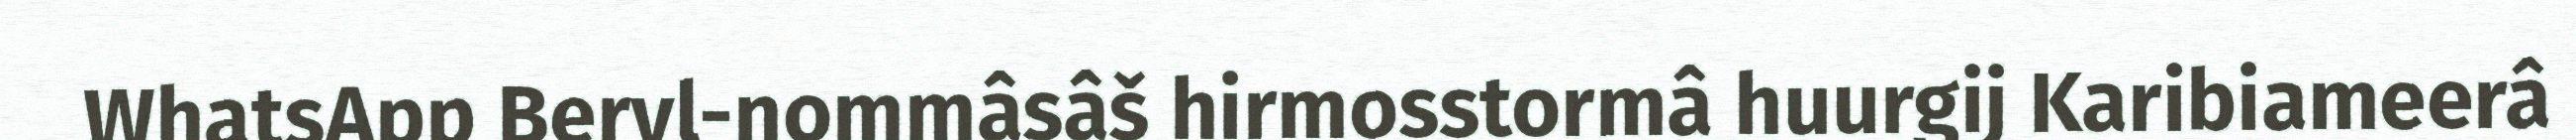
WhatsApp Beryl-nommâsâš hirmosstormâ huurgij Karibiameerâ